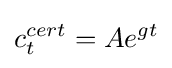
c_{t}^{cert}=Ae^{gt}